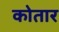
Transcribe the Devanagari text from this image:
कोतार